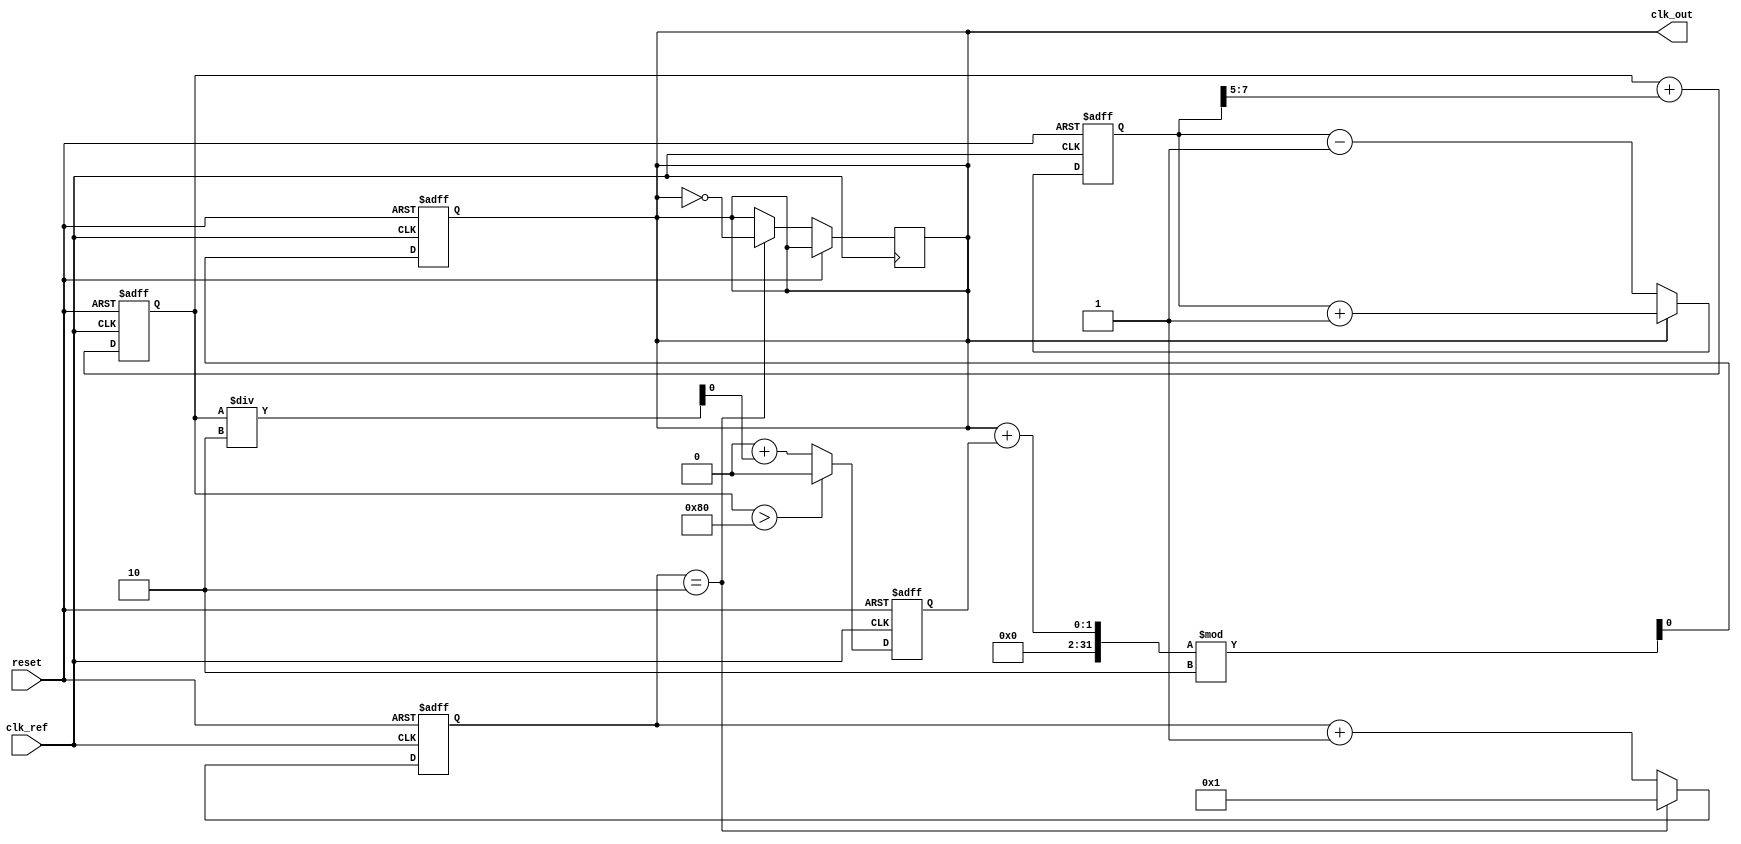
module type1_pll (
    input wire clk_ref,          // Reference clock input
    input wire reset,            // Asynchronous reset
    output reg clk_out           // Output clock
);

    // Parameters for PLL
    parameter integer VCO_FREQ_MIN = 10;  // Minimum VCO frequency
    parameter integer VCO_FREQ_MAX = 100; // Maximum VCO frequency
    parameter integer LOOP_BANDWIDTH = 5; // Loop bandwidth
    parameter integer PHASE_MARGIN = 10;   // Phase margin

    // Internal signals
    reg [7:0] phase_error;         // Phase error signal from PD
    reg [7:0] control_voltage;      // Control voltage to VCO
    reg [7:0] vco_frequency;        // Current frequency of the VCO
    reg [7:0] feedback_divider;     // Feedback divider for output frequency

    // Phase Detector (PD)
    always @(posedge clk_ref or posedge reset) begin
        if (reset) begin
            phase_error <= 0;
        end else begin
            // Simple phase detection logic (example)
            // This should be replaced with a more robust PD implementation
            if (clk_out) begin
                phase_error <= phase_error + 1; // Increment error if output is high
            end else begin
                phase_error <= phase_error - 1; // Decrement error if output is low
            end
        end
    end

    // Low-Pass Filter (LPF)
    always @(posedge clk_ref or posedge reset) begin
        if (reset) begin
            control_voltage <= 0;
        end else begin
            // Simple low-pass filter implementation (RC-like)
            control_voltage <= control_voltage + (phase_error >> LOOP_BANDWIDTH); // Shift for bandwidth control
        end
    end

    // Voltage-Controlled Oscillator (VCO)
    always @(posedge clk_ref or posedge reset) begin
        if (reset) begin
            vco_frequency <= VCO_FREQ_MIN; // Start at minimum frequency
            clk_out <= 0;
        end else begin
            // Adjust VCO frequency based on control voltage
            if (control_voltage > 128) begin
                vco_frequency <= VCO_FREQ_MAX; // Set to max frequency
            end else begin
                vco_frequency <= VCO_FREQ_MIN + (control_voltage / 2); // Scale frequency
            end
            
            // Generate output clock
            // This is a simple toggle mechanism, more complex VCO behavior might be needed
            clk_out <= (clk_out + vco_frequency[0]) % 2; // Simulate output clock toggling
        end
    end

    // Feedback Mechanism (optional divider)
    always @(posedge clk_ref or posedge reset) begin
        if (reset) begin
            feedback_divider <= 1; // Start with no division
        end else begin
            // Simple feedback mechanism (could implement a divider based on design needs)
            feedback_divider <= feedback_divider + 1; // Increment feedback divider
            if (feedback_divider == 2) begin
                feedback_divider <= 1; // Reset after 2 cycles
                clk_out <= ~clk_out; // Feedback output
            end
        end
    end

endmodule